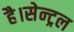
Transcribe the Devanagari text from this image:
है।सेन्ट्रल